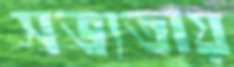
সভ্যতায়